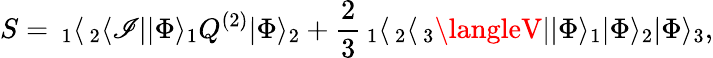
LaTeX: S=\, _{1}\langle\, _{2}\langle\mathscr{I}||\Phi\rangle_{1}Q^{(2)}|\Phi\rangle_{2}+\frac{{2}}{{3}}\, _{1}\langle\, _{2}\langle\, _{3}\langleV||\Phi\rangle_{1}|\Phi\rangle_{2}|\Phi\rangle_{3},